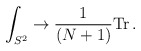
\begin{align*}\int_{S^2} \to {1\over (N+1)} {\rm Tr}\, .\end{align*}